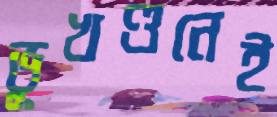
ভূখণ্ডনেই